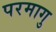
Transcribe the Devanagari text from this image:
परमागु